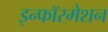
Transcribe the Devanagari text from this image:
इन्फॉरमेशन